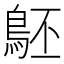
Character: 𪀇